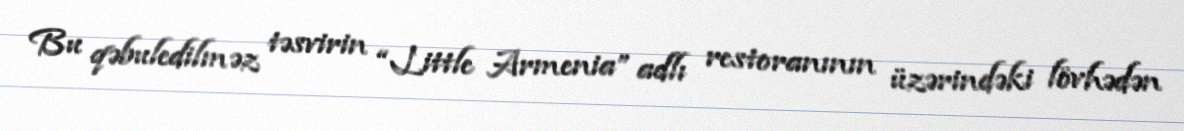
Bu qəbuledilməz təsvirin “Little Armenia” adlı restoranının üzərindəki lövhədən